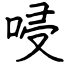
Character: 唚